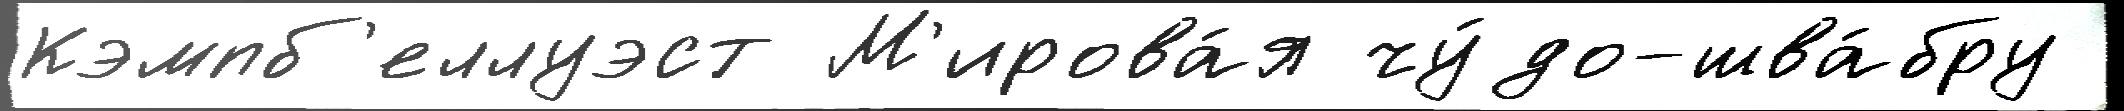
Кэмпб'еллуэст М'ирова́я чу́до-шва́бру